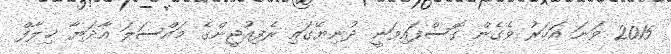
2015 ވަނަ އަހަރު ވެގެން ގޮސްފައިވަނީ ދުނިޔޭގައި ރެފިއުޖީންގެ މައްސަލަ އާދަޔާ ޚިލާފް